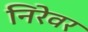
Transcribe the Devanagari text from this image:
निरेवर